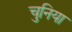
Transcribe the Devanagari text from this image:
चुनिया